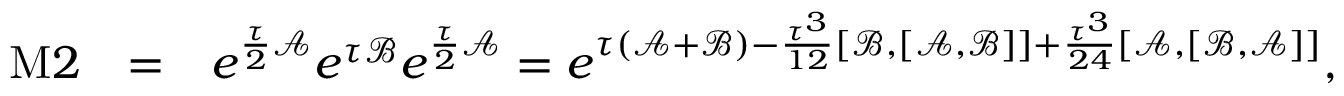
\begin{array} { r l r } { \mathrm { M } 2 } & { = } & { e ^ { \frac { \tau } { 2 } \mathcal { A } } e ^ { \tau \mathcal { B } } e ^ { \frac { \tau } { 2 } \mathcal { A } } = e ^ { \tau ( \mathcal { A } + \mathcal { B } ) - \frac { \tau ^ { 3 } } { 1 2 } [ \mathcal { B } , [ \mathcal { A } , \mathcal { B } ] ] + \frac { \tau ^ { 3 } } { 2 4 } [ \mathcal { A } , [ \mathcal { B } , \mathcal { A } ] ] } , } \end{array}